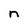
Character: n